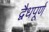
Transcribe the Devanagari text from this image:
द्वैधपूर्ण